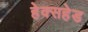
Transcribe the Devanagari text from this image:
हेक्सहेड